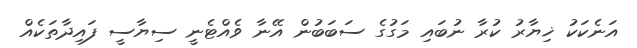
އަނެކަކު ޚިޔާރު ކުރާ ނުބައި މަގުގެ ސަބަބުން އޭނާ ވެއްޓެނީ ސިޔާސީ ފައިދާތަކެއް